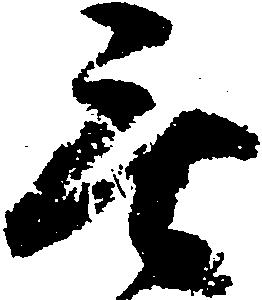
無